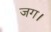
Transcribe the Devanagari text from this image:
जग।